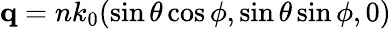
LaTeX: \mathbf{q}=nk_{0}(\sin\theta\cos\phi,\sin\theta\sin\phi,0)